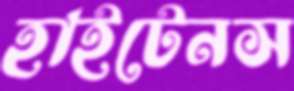
হাইটেনস